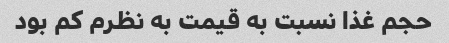
حجم غذا نسبت به قیمت به نظرم کم بود